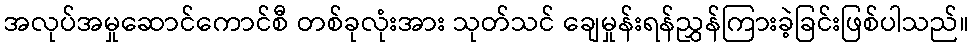
အလုပ်အမှုဆောင်ကောင်စီ တစ်ခုလုံးအား သုတ်သင် ချေမှုန်းရန်ညွှန်ကြားခဲ့ခြင်းဖြစ်ပါသည်။